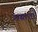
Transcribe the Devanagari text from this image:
सम्राटाँ